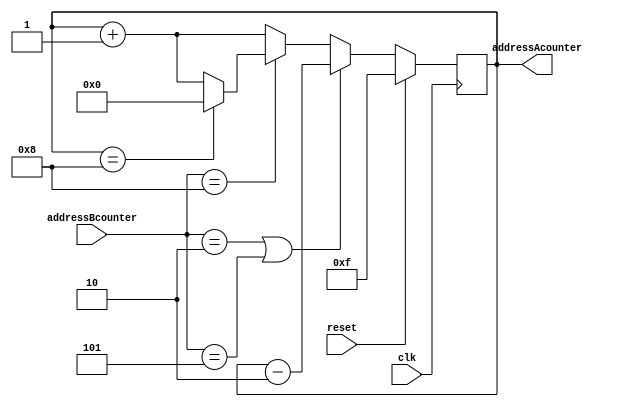
`timescale 1ns / 1ps
//////////////////////////////////////////////////////////////////////////////////
// Company: 
// Engineer: 
// 
// Design Name: 
// Module Name: Acounter
// Project Name: 
// Target Devices: 
// Tool Versions: 
// Description: 
// 
// Dependencies: 
// 
// Revision:
// Revision 0.01 - File Created
// Additional Comments:
// 
//////////////////////////////////////////////////////////////////////////////////


module Acounter(clk,reset,addressBcounter,addressAcounter );
input clk;
input reset;
input [3:0]addressBcounter;
output reg [3:0] addressAcounter;


always @(posedge clk ) begin
    if (reset) begin
        addressAcounter <= 4'b1111; // Reset counter to 0 when reset is active high
    end else begin
        if ((addressBcounter == 4'b0010)||(addressBcounter == 4'b0101)) begin
            addressAcounter <= addressAcounter - 2; 
        end else if (addressBcounter == 4'b1000) begin
            if (addressAcounter == 4'b1000) begin
                addressAcounter <=0;
            end
            else begin
            addressAcounter <= addressAcounter + 1;
            end
        end
        else begin
            addressAcounter <= addressAcounter + 1;
        end
    end
end
endmodule